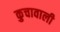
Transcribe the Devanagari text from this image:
कुचावाली